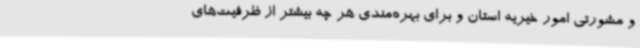
و مشورتی امور خیریه استان و برای بهره‌مندی هر چه بیشتر از ظرفیت‌های